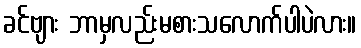
ခင်ဗျား ဘာမှလည်းမစားသလောက်ပါပဲလား။